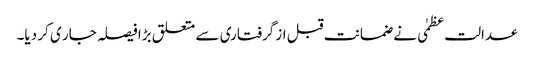
عدالت عظمٰی نے ضمانت قبل از گرفتاری سے متعلق بڑا فیصلہ جار ی کر دیا۔